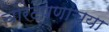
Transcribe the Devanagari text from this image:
चोरटेपणाच्या